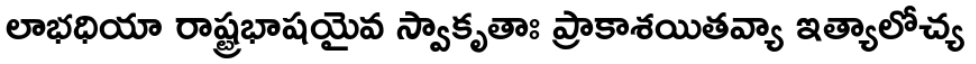
లాభధియా రాష్ట్రభాషయైవ స్వాకృతాః ప్రాకాశయితవ్యా ఇత్యాలోచ్య